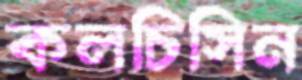
কলচিসিন